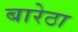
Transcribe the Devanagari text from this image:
बारेठा